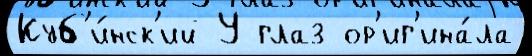
Куб'и́нск'ий У глаз ор'иг'ина́ла